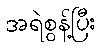
အရဲစွန့်ပြီး